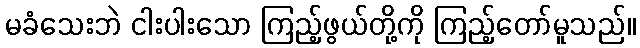
မခံသေးဘဲ ငါးပါးသော ကြည့်ဖွယ်တို့ကို ကြည့်တော်မူသည်။